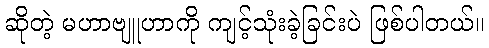
ဆိုတဲ့ မဟာဗျူဟာကို ကျင့်သုံးခဲ့ခြင်းပဲ ဖြစ်ပါတယ်။